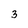
Character: 3